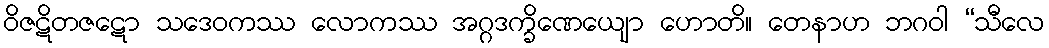
ဝိဇဋိတဇဋော သဒေဝကဿ လောကဿ အဂ္ဂဒက္ခိဏေယျော ဟောတိ။ တေနာဟ ဘဂဝါ “သီလေ